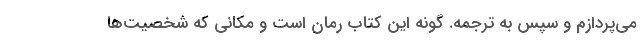
مي‌پردازم و سپس به ترجمه. گونه اين كتاب رمان است و مكاني كه شخصيت‌ها